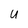
Character: U